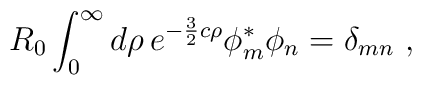
R_0 \int_0^\infty d\rho \, e^{-\frac{3}{2} c\rho} \phi_m^\ast \phi_n        = \delta_{mn}~,